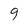
Character: 9